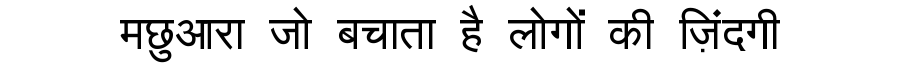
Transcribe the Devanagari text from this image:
मछुआरा जो बचाता है लोगों की ज़िंदगी